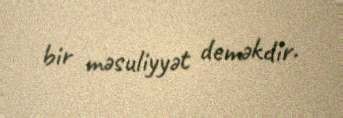
bir məsuliyyət deməkdir.